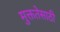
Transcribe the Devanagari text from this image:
मुक्ततेसाठी